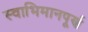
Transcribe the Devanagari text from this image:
स्वाभिमानपूर्ण